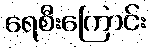
ရေစီးကြောင်း